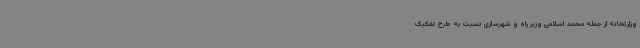
وزارتخانه از جمله محمد اسلامی وزیر راه و شهرسازی نسبت به طرح تفکیک